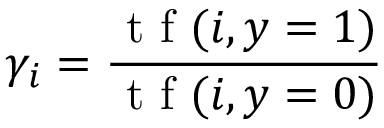
\gamma _ { i } = \frac { \textrm { t f } ( i , y = 1 ) } { \textrm { t f } ( i , y = 0 ) }